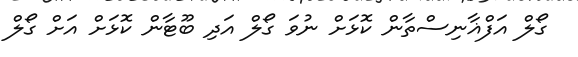
ގޯލް އަފްޣާނިސްތާން ކޮޅަށް ނުވަ ގޯލް އަދި ބޫޓާން ކޮޅަށް އަށް ގޯލް